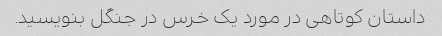
داستان کوتاهی در مورد یک خرس در جنگل بنویسید.